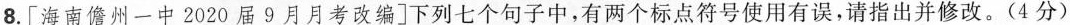
8.[海南儋州一中2020届9月月考改编]下列七个句子中，有两个标点符号使用有误，请指出并修改。(4分)